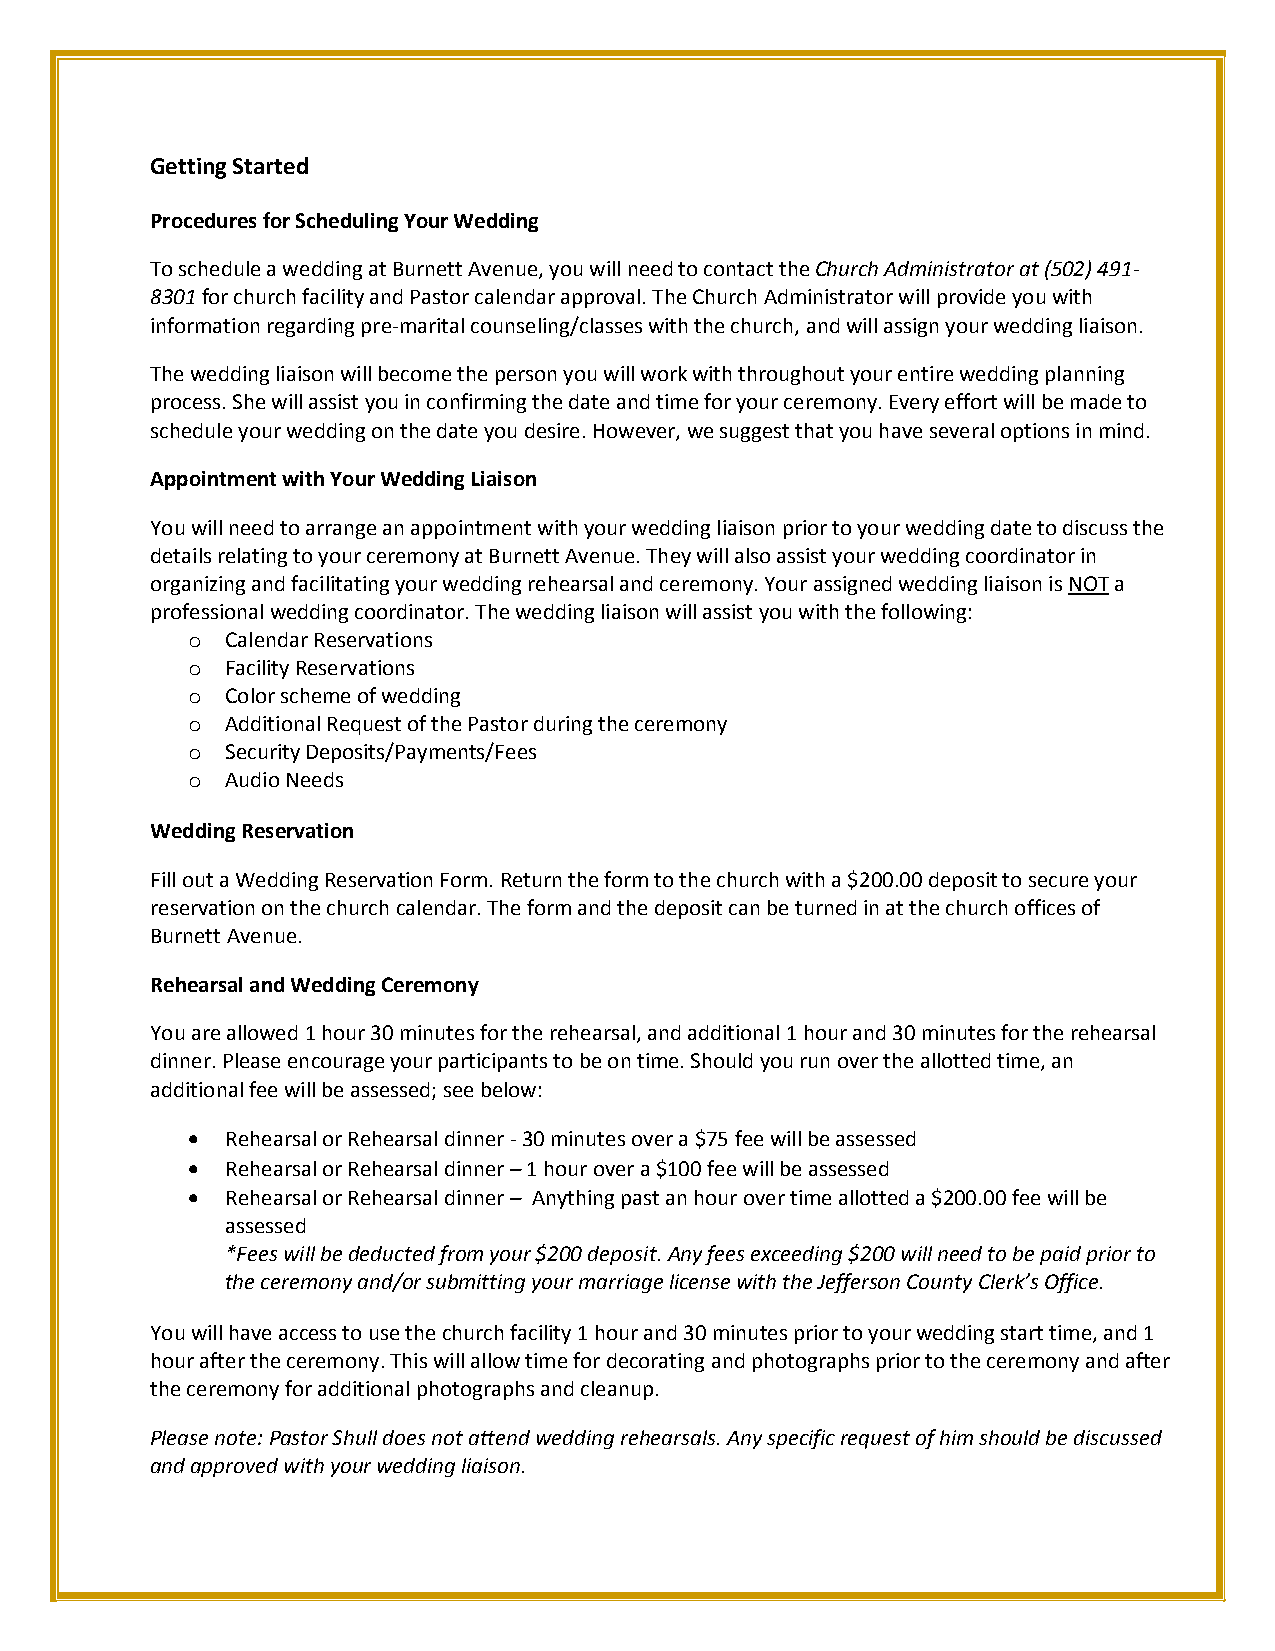
Getting Started
 Procedures for Scheduling Your Wedding
 To schedule a wedding at Burnett Avenue, you will need to contact the Church Administrator at (502) 491-
 8301 for church facility and Pastor calendar approval. The Church Administrator will provide you with
 information regarding pre-marital counseling/classes with the church, and will assign your wedding liaison.
 The wedding liaison will become the person you will work with throughout your entire wedding planning
 process. She will assist you in confirming the date and time for your ceremony. Every effort will be made to
 schedule your wedding on the date you desire. However, we suggest that you have several options in mind.
 Appointment with Your Wedding Liaison
 You will need to arrange an appointment with your wedding liaison prior to your wedding date to discuss the
 details relating to your ceremony at Burnett Avenue. They will also assist your wedding coordinator in
 organizing and facilitating your wedding rehearsal and ceremony. Your assigned wedding liaison is NOT a
 professional wedding coordinator. The wedding liaison will assist you with the following:
 o  Calendar Reservations
 o  Facility Reservations
 o  Color scheme of wedding
 o  Additional Request of the Pastor during the ceremony
 o  Security Deposits/Payments/Fees
 o  Audio Needs
 Wedding Reservation
 Fill out a Wedding Reservation Form. Return the form to the church with a $200.00 deposit to secure your
 reservation on the church calendar. The form and the deposit can be turned in at the church offices of
 Burnett Avenue.
 Rehearsal and Wedding Ceremony
 You are allowed 1 hour 30 minutes for the rehearsal, and additional 1 hour and 30 minutes for the rehearsal
 dinner. Please encourage your participants to be on time. Should you run over the allotted time, an
 additional fee will be assessed; see below:
   Rehearsal or Rehearsal dinner - 30 minutes over a $75 fee will be assessed
   Rehearsal or Rehearsal dinner – 1 hour over a $100 fee will be assessed
   Rehearsal or Rehearsal dinner – Anything past an hour over time allotted a $200.00 fee will be
 assessed
 *Fees will be deducted from your $200 deposit. Any fees exceeding $200 will need to be paid prior to
 the ceremony and/or submitting your marriage license with the Jefferson County Clerk’s Office.
 You will have access to use the church facility 1 hour and 30 minutes prior to your wedding start time, and 1
 hour after the ceremony. This will allow time for decorating and photographs prior to the ceremony and after
 the ceremony for additional photographs and cleanup.
 Please note: Pastor Shull does not attend wedding rehearsals. Any specific request of him should be discussed
 and approved with your wedding liaison.